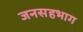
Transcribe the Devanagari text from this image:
जनसहभाग